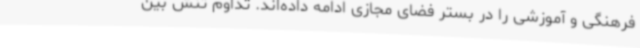
فرهنگی و آموزشی را در بستر فضای مجازی ادامه داده‌اند. تداوم تنش بین